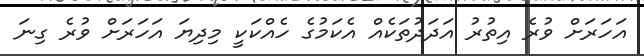
އަހަރަށް ވުރެ އިތުރު އަދަދުތަކެއް އެކަމުގެ ހެއްކަކީ މިދިޔަ އަހަރަށް ވުރެ ގިނަ